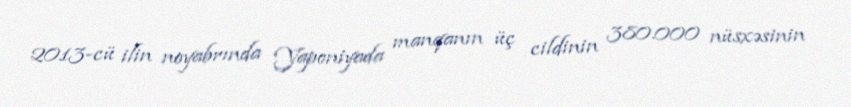
2013-cü ilin noyabrında Yaponiyada manqanın üç cildinin 380.000 nüsxəsinin